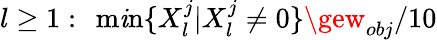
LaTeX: l\ge1:\ \operatorname*{m\mathit{i}n}\{ X_{l}^{j}|X_{l}^{j}\neq0\} \gew_{obj}/10